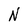
Character: N